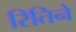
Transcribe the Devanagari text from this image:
रितिने